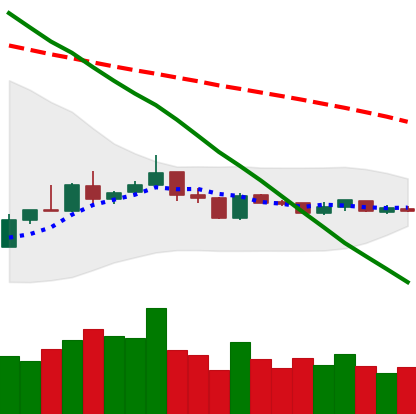
Ticker: XLM-USD
Chart end date: 2019-01-05
Forward return: -3.654%
Label: down_3_5